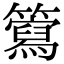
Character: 𥶘